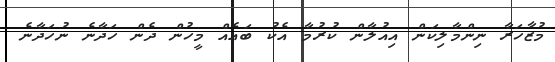
މުޒާހަރާ ނިންމާލިކަން އިއުލާން ކުރުމާ އެކު ބައެއް މީހުން ދެން ހަދާނެ ނުހަދާނެ